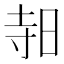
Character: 𪰛